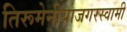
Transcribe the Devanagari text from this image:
तिरूमेनीयाजगरस्वामी